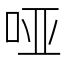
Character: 哑